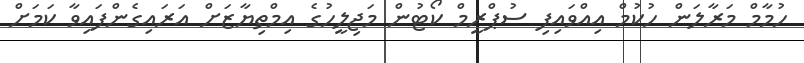
ހުމާމް މަރާލަން ހުކުމް އިއްވައިފި ސުޕްރީމް ކޯޓުން މަޖިލީހުގެ އިމްތިޔާޒަށް އަރައިގެންފައިވާ ކަމަށް